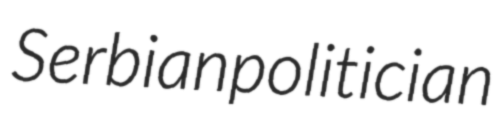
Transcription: Serbian politician